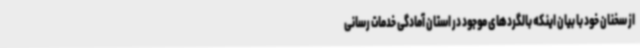
از سخنان خود با بیان اینکه بالگردهای موجود در استان آمادگی خدمات رسانی